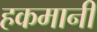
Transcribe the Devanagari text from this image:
हकमानी